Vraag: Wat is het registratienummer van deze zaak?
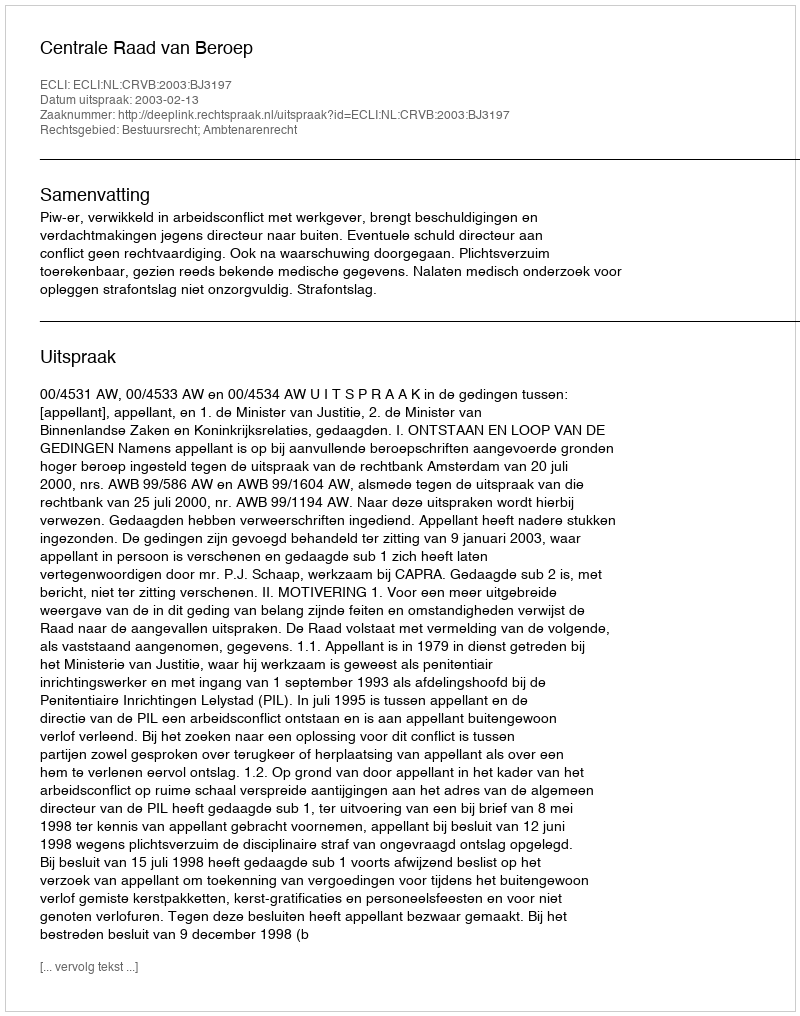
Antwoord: http://deeplink.rechtspraak.nl/uitspraak?id=ECLI:NL:CRVB:2003:BJ3197